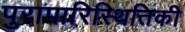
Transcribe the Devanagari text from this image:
पुरापारिस्थितिकी